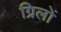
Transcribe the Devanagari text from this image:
ग्रिलों